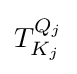
T_{K_{j}}^{Q_{j}}